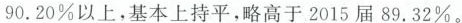
90.20\%以上，基本上持平，略高于2015届89.32\%。